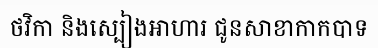
ថវិកា និងស្បៀងអាហារ ជូនសាខាកាកបាទ